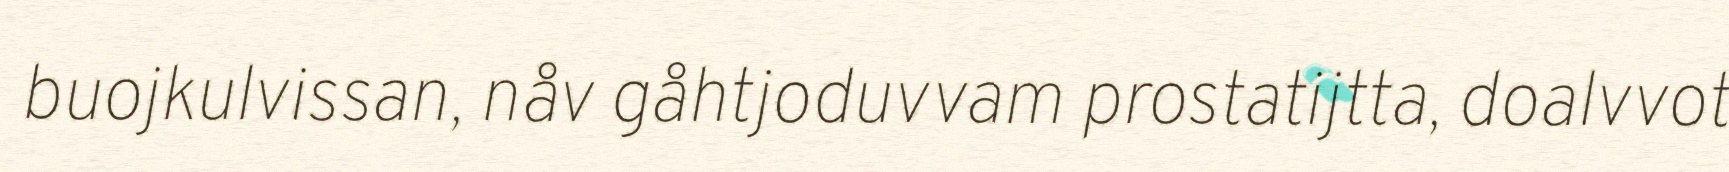
buojkulvissan, nåv gåhtjoduvvam prostatijtta, doalvvot